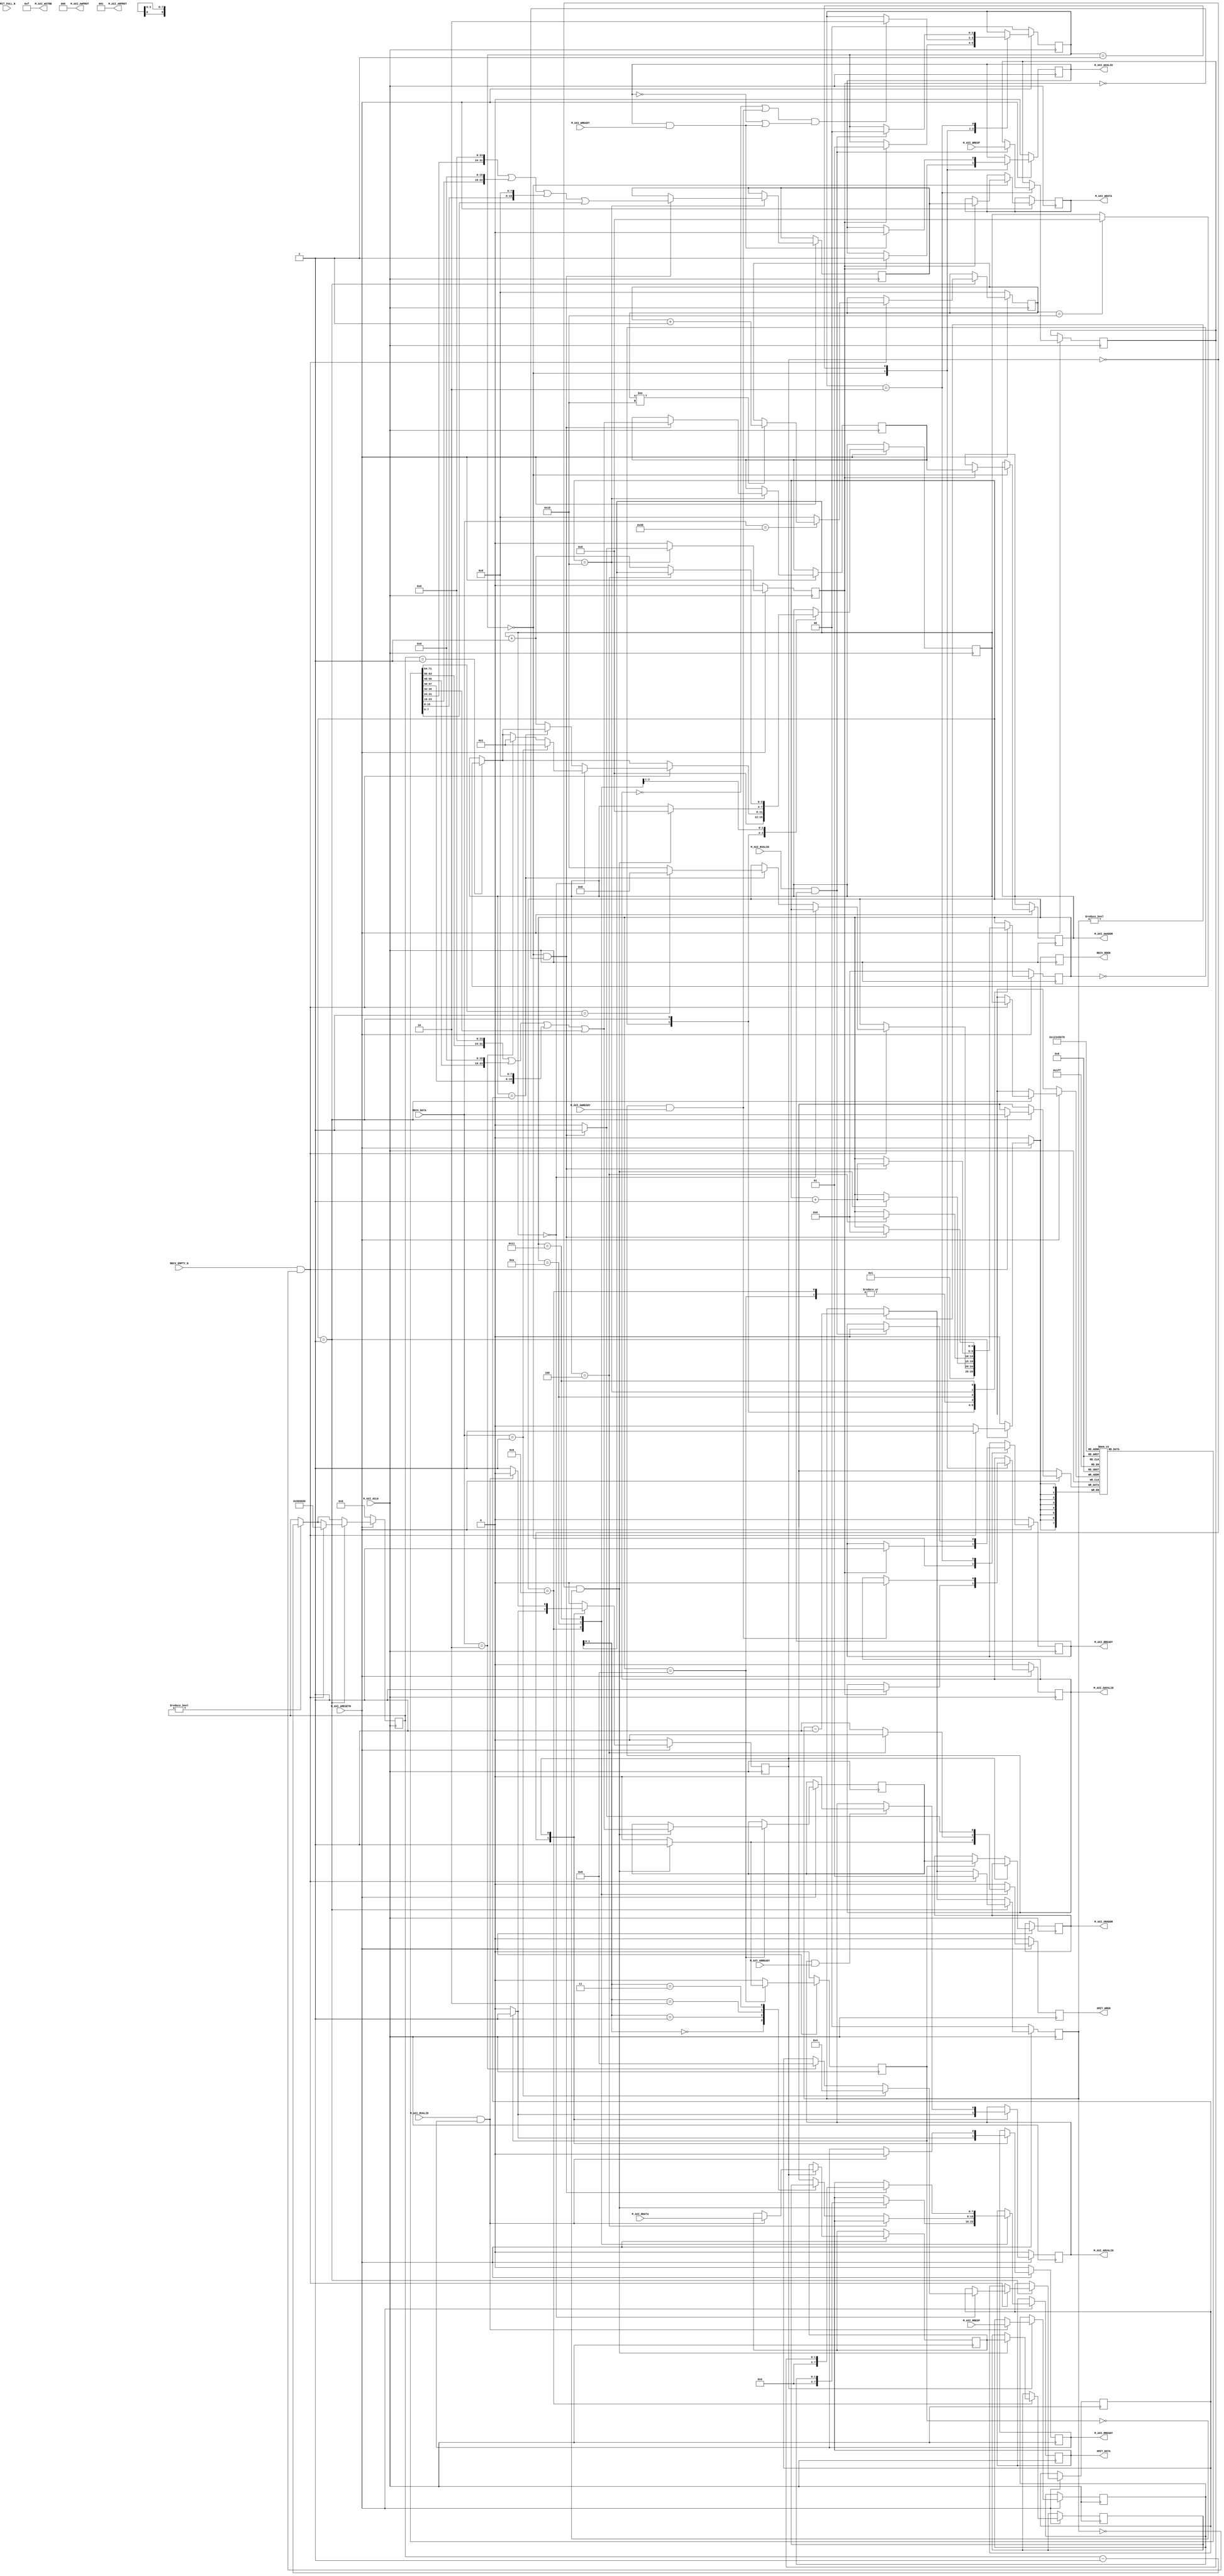
`timescale 1ns / 1ps
//====================================================================================
//                        ------->  Revision History  <------
//====================================================================================
//
//   Date     Who   Ver  Changes
//====================================================================================
// 05-Jun-22  DWW  1000  Initial creation
//====================================================================================


module uart_axi_iface#
(
    parameter integer AXI_DATA_WIDTH = 32,
    parameter integer AXI_ADDR_WIDTH = 32,
    parameter integer CLOCK_FREQ     = 100000000
)
(
    // Write to this FIFO to send data out the UART
    (* X_INTERFACE_MODE = "master" *)
    (* X_INTERFACE_INFO = "xilinx.com:interface:acc_fifo_write:1.0 UART_TX_FIFO WR_DATA" *) output[7:0] XMIT_DATA,
    (* X_INTERFACE_INFO = "xilinx.com:interface:acc_fifo_write:1.0 UART_TX_FIFO FULL_N"  *) input       XMIT_FULL_N,
    (* X_INTERFACE_INFO = "xilinx.com:interface:acc_fifo_write:1.0 UART_TX_FIFO WR_EN"   *) output      XMIT_WREN,

    // Read from this FIFO to receive data from the UART
    (* X_INTERFACE_MODE = "master" *)
    (* X_INTERFACE_INFO = "xilinx.com:interface:acc_fifo_read:1.0 UART_RX_FIFO RD_DATA" *) input[7:0] RECV_DATA,
    (* X_INTERFACE_INFO = "xilinx.com:interface:acc_fifo_read:1.0 UART_RX_FIFO EMPTY_N" *) input      RECV_EMPTY_N,
    (* X_INTERFACE_INFO = "xilinx.com:interface:acc_fifo_read:1.0 UART_RX_FIFO RD_EN"   *) output     RECV_RDEN,


    //================ From here down is the AXI4-Lite interface ===============
    input wire  M_AXI_ACLK,
    input wire  M_AXI_ARESETN,
        
    // "Specify write address"              -- Master --    -- Slave --
    output wire [AXI_ADDR_WIDTH-1 : 0]      M_AXI_AWADDR,   
    output wire                             M_AXI_AWVALID,  
    input  wire                                             M_AXI_AWREADY,
    output wire  [2 : 0]                    M_AXI_AWPROT,

    // "Write Data"                         -- Master --    -- Slave --
    output wire [AXI_DATA_WIDTH-1 : 0]      M_AXI_WDATA,      
    output wire                             M_AXI_WVALID,
    output wire [(AXI_DATA_WIDTH/8)-1:0]    M_AXI_WSTRB,
    input  wire                                             M_AXI_WREADY,

    // "Send Write Response"                -- Master --    -- Slave --
    input  wire [1 : 0]                                     M_AXI_BRESP,
    input  wire                                             M_AXI_BVALID,
    output wire                             M_AXI_BREADY,

    // "Specify read address"               -- Master --    -- Slave --
    output wire [AXI_ADDR_WIDTH-1 : 0]      M_AXI_ARADDR,     
    output wire                             M_AXI_ARVALID,
    output wire [2 : 0]                     M_AXI_ARPROT,     
    input  wire                                             M_AXI_ARREADY,

    // "Read data back to master"           -- Master --    -- Slave --
    input  wire [AXI_DATA_WIDTH-1 : 0]                      M_AXI_RDATA,
    input  wire                                             M_AXI_RVALID,
    input  wire [1 : 0]                                     M_AXI_RRESP,
    output wire                             M_AXI_RREADY
    //==========================================================================

);

    localparam AXI_DATA_BYTES = (AXI_DATA_WIDTH/8);

    // Define the handshakes for all 5 AXI channels
    wire B_HANDSHAKE  = M_AXI_BVALID  & M_AXI_BREADY;
    wire R_HANDSHAKE  = M_AXI_RVALID  & M_AXI_RREADY;
    wire W_HANDSHAKE  = M_AXI_WVALID  & M_AXI_WREADY;
    wire AR_HANDSHAKE = M_AXI_ARVALID & M_AXI_ARREADY;
    wire AW_HANDSHAKE = M_AXI_AWVALID & M_AXI_AWREADY;

    //=========================================================================================================
    // FSM logic used for writing to the slave device.
    //
    //  To start:   amci_waddr = Address to write to
    //              amci_wdata = Data to write at that address
    //              amci_write = Pulsed high for one cycle
    //
    //  At end:     Write is complete when "amci_widle" goes high
    //              amci_wresp = AXI_BRESP "write response" signal from slave
    //=========================================================================================================
    reg[1:0]                    write_state = 0;

    // FSM user interface inputs
    reg[AXI_ADDR_WIDTH-1:0]     amci_waddr;
    reg[AXI_DATA_WIDTH-1:0]     amci_wdata;
    reg                         amci_write;

    // FSM user interface outputs
    wire                        amci_widle = (write_state == 0 && amci_write == 0);     
    reg[1:0]                    amci_wresp;

    // AXI registers and outputs
    reg[AXI_ADDR_WIDTH-1:0]     m_axi_awaddr;
    reg[AXI_DATA_WIDTH-1:0]     m_axi_wdata;
    reg                         m_axi_awvalid = 0;
    reg                         m_axi_wvalid = 0;
    reg                         m_axi_bready = 0;

    // Wire up the AXI interface outputs
    assign M_AXI_AWADDR  = m_axi_awaddr;
    assign M_AXI_WDATA   = m_axi_wdata;
    assign M_AXI_AWVALID = m_axi_awvalid;
    assign M_AXI_WVALID  = m_axi_wvalid;
    assign M_AXI_AWPROT  = 3'b000;
    assign M_AXI_WSTRB   = (1 << AXI_DATA_BYTES) - 1; // usually 4'b1111
    assign M_AXI_BREADY  = m_axi_bready;
    //=========================================================================================================
     
    always @(posedge M_AXI_ACLK) begin

        // If we're in RESET mode...
        if (M_AXI_ARESETN == 0) begin
            write_state   <= 0;
            m_axi_awvalid <= 0;
            m_axi_wvalid  <= 0;
            m_axi_bready  <= 0;
        end        
        
        // Otherwise, we're not in RESET and our state machine is running
        else case (write_state)
            
            // Here we're idle, waiting for someone to raise the 'amci_write' flag.  Once that happens,
            // we'll place the user specified address and data onto the AXI bus, along with the flags that
            // indicate that the address and data values are valid
            0:  if (amci_write) begin
                    m_axi_awaddr    <= amci_waddr;  // Place our address onto the bus
                    m_axi_wdata     <= amci_wdata;  // Place our data onto the bus
                    m_axi_awvalid   <= 1;           // Indicate that the address is valid
                    m_axi_wvalid    <= 1;           // Indicate that the data is valid
                    m_axi_bready    <= 1;           // Indicate that we're ready for the slave to respond
                    write_state     <= 1;           // On the next clock cycle, we'll be in the next state
                end
                
           // Here, we're waiting around for the slave to acknowledge our request by asserting M_AXI_AWREADY
           // and M_AXI_WREADY.  Once that happens, we'll de-assert the "valid" lines.  Keep in mind that we
           // don't know what order AWREADY and WREADY will come in, and they could both come at the same
           // time.      
           1:   begin   
                    // Keep track of whether we have seen the slave raise AWREADY or WREADY
                    if (AW_HANDSHAKE) m_axi_awvalid <= 0;
                    if (W_HANDSHAKE ) m_axi_wvalid  <= 0;

                    // If we've seen AWREADY (or if its raised now) and if we've seen WREADY (or if it's raised now)...
                    if ((~m_axi_awvalid || AW_HANDSHAKE) && (~m_axi_wvalid || W_HANDSHAKE)) begin
                        write_state <= 2;
                    end
                end
                
           // Wait around for the slave to assert "M_AXI_BVALID".  When it does, we'll capture M_AXI_BRESP
           // and go back to idle state
           2:   if (B_HANDSHAKE) begin
                    amci_wresp   <= M_AXI_BRESP;
                    m_axi_bready <= 0;
                    write_state  <= 0;
                end

        endcase
    end
    //=========================================================================================================





    //=========================================================================================================
    // FSM logic used for reading from a slave device.
    //
    //  To start:   amci_raddr = Address to read from
    //              amci_read  = Pulsed high for one cycle
    //
    //  At end:   Read is complete when "amci_ridle" goes high.
    //            amci_rdata = The data that was read
    //            amci_rresp = The AXI "read response" that is used to indicate success or failure
    //=========================================================================================================
    reg                         read_state = 0;

    // FSM user interface inputs
    reg[AXI_ADDR_WIDTH-1:0]     amci_raddr;
    reg                         amci_read;

    // FSM user interface outputs
    reg[AXI_DATA_WIDTH-1:0]     amci_rdata;
    reg[1:0]                    amci_rresp;
    wire                        amci_ridle = (read_state == 0 && amci_read == 0);     

    // AXI registers and outputs
    reg[AXI_ADDR_WIDTH-1:0]     m_axi_araddr;
    reg                         m_axi_arvalid = 0;
    reg                         m_axi_rready;

    // Wire up the AXI interface outputs
    assign M_AXI_ARADDR  = m_axi_araddr;
    assign M_AXI_ARVALID = m_axi_arvalid;
    assign M_AXI_ARPROT  = 3'b001;
    assign M_AXI_RREADY  = m_axi_rready;
    //=========================================================================================================
    always @(posedge M_AXI_ACLK) begin
         
        if (M_AXI_ARESETN == 0) begin
            read_state    <= 0;
            m_axi_arvalid <= 0;
            m_axi_rready  <= 0;
        end else case (read_state)

            // Here we are waiting around for someone to raise "amci_read", which signals us to begin
            // a AXI read at the address specified in "amci_raddr"
            0:  if (amci_read) begin
                    m_axi_araddr  <= amci_raddr;
                    m_axi_arvalid <= 1;
                    m_axi_rready  <= 1;
                    read_state    <= 1;
                end else begin
                    m_axi_arvalid <= 0;
                    m_axi_rready  <= 0;
                    read_state    <= 0;
                end
            
            // Wait around for the slave to raise M_AXI_RVALID, which tells us that M_AXI_RDATA
            // contains the data we requested
            1:  begin
                    if (AR_HANDSHAKE) begin
                        m_axi_arvalid <= 0;
                    end

                    if (R_HANDSHAKE) begin
                        amci_rdata    <= M_AXI_RDATA;
                        amci_rresp    <= M_AXI_RRESP;
                        m_axi_rready  <= 0;
                        read_state    <= 0;
                    end
                end

        endcase
    end
    //=========================================================================================================


    //<><><><><><><><><><><><><><><><><><><><><><><><><><><><><><><><><><><><><><><><><><><><><><><><><><><><><><>
    //<><><><><><><><><><><><><><><><><><><><><><><><><><><><><><><><><><><><><><><><><><><><><><><><><><><><><><>
    // From here down is the logic that manages messages on the UART and instantiates AXI read/write transactions
    //<><><><><><><><><><><><><><><><><><><><><><><><><><><><><><><><><><><><><><><><><><><><><><><><><><><><><><>
    //<><><><><><><><><><><><><><><><><><><><><><><><><><><><><><><><><><><><><><><><><><><><><><><><><><><><><><>
    localparam INP_BUFF_SIZE     = 9;
    localparam CMD_READ          = 1;
    localparam CMD_WRITE         = 2;
    localparam RESET_STRETCH_MAX = 16;
    localparam HUNDRED_MSEC      = CLOCK_FREQ / 10;
    localparam FIFO_READ_DELAY   = 1;

    localparam S_NEW_COMMAND     = 0;
    localparam S_WAIT_NEXT_CHAR  = 1;
    localparam S_WAIT_FOR_STATUS = 2;
    localparam S_FETCH_BYTE      = 3;
    localparam S_AXI_READ        = 8;
    localparam S_AXI_WRITE       = 16;

    reg[ 4:0] inp_state;                     // Tracks the state of this FSM
    reg[ 3:0] inp_count;                     // The number of bytes stored in inp_buff;
    reg[ 3:0] inp_last_idx;                  // Number of bytes that make up the current command
    reg[ 7:0] inp_buff[0:INP_BUFF_SIZE-1];   // Buffer of bytes rcvd from the UART
    reg[ 7:0] reset_stretch;                 // # of consecutive "X" characters received
    reg[31:0] reset_clk_counter;             // Counts down clock cycles since last byte rcvd from UART
    
    // After we pulse RECV_RDEN, this is the number of clocks to wait before we trust RECV_EMPTY_N again
    reg[ 1:0] inp_read_delay;

    // This holds the data we read during an AXI-Read transaction.   The assign statements
    // are a convenient way to make the bit-packed register byte-addressable
    reg[31:0] read_data;        
    wire[7:0] read_data_char[0:3];
    assign read_data_char[0] = read_data[31:24];
    assign read_data_char[1] = read_data[23:16];
    assign read_data_char[2] = read_data[15: 8];
    assign read_data_char[3] = read_data[ 7: 0];

    // These registers control the UART FIFOs
    reg      recv_rden; assign RECV_RDEN = recv_rden;
    reg      xmit_wren; assign XMIT_WREN = xmit_wren;
    reg[7:0] xmit_data; assign XMIT_DATA = xmit_data;

    // This FSM reads data from the UART FIFO, performs the requested AXI transaction, and send a response
    always @(posedge M_AXI_ACLK) begin
        amci_write <= 0;
        amci_read  <= 0;
        xmit_wren  <= 0;
        recv_rden  <= 0;
        
        // Countdown since the last time a character was received
        if (reset_clk_counter) reset_clk_counter <= reset_clk_counter - 1;

        // Countdown the # of clocks to wait until we trust RECV_EMPTY_N 
        if (inp_read_delay) inp_read_delay <= inp_read_delay - 1;

        // If the RESET line is active...
        if (M_AXI_ARESETN == 0) begin
            inp_state         <= S_NEW_COMMAND;
            inp_read_delay    <= 0;
            reset_stretch     <= 0;
            reset_clk_counter <= 0;
        end else case(inp_state)

        // Initialize variables in expectation of a new command arriving
        S_NEW_COMMAND:
            begin
                inp_count <= 0;
                inp_state <= S_WAIT_NEXT_CHAR;
            end 

        S_WAIT_NEXT_CHAR:
            begin
                // If 100 milliseconds elapses since receiving the last character and the reset_stretch
                // is at max, empty our buffer to prepare for a new incoming command.  This mechanism
                // exists to provide a method to place the input buffer in a known state.
                if (reset_clk_counter == 1) begin
                    if (reset_stretch == RESET_STRETCH_MAX) begin
                        inp_count <= 0;
                    end
                end
        
                if (RECV_EMPTY_N && inp_read_delay == 0) begin  // If a byte has arrived from the UART...
                    recv_rden           <= 1;                   //   Acknowledge that we've read the FIFO
                    inp_read_delay      <= FIFO_READ_DELAY;     //   It will be a moment before we can trust RECV_EMPTY_N
                    reset_clk_counter   <= HUNDRED_MSEC;        //   Reset the "clocks since char received" 
                    inp_buff[inp_count] <= RECV_DATA;           //   Save the byte we just received

                    // Keep track of how many times in a row we receive "X"
                    if (RECV_DATA == "X") begin
                        if (reset_stretch != RESET_STRETCH_MAX)
                            reset_stretch <= reset_stretch + 1;
                    end else reset_stretch <= 0;

                    // If this is the first byte of a new command...
                    if (inp_count == 0) begin              
                        if (RECV_DATA == CMD_READ) begin
                            inp_last_idx <= 4;
                            inp_count    <= 1;
                        end else if (RECV_DATA == CMD_WRITE) begin
                            inp_last_idx <= 8;
                            inp_count    <= 1;
                        end
                    end
                
                    // Otherwise, if it's the last byte of a command..
                    else if (inp_count == inp_last_idx) begin
                        inp_state <= (inp_buff[0] == CMD_READ) ? S_AXI_READ : S_AXI_WRITE;
                    end

                    // Otherwise, just keep track of how many bytes we've received from the UART
                    else inp_count <= inp_count + 1;
                end
            end


        // Start the AXI read transaction specified by the user
        S_AXI_READ:
            if (amci_ridle) begin
                amci_raddr <= (inp_buff[1] << 24) | (inp_buff[2] << 16) | (inp_buff[3] << 8) | inp_buff[4];
                amci_read  <= 1;
                inp_state  <= inp_state + 1;
            end

        // Send the AXI read-response byte
        S_AXI_READ+1:
            if (amci_ridle) begin
                read_data  <= amci_rdata;
                xmit_data  <= amci_rresp;
                xmit_wren  <= 1;
                inp_state  <= inp_state + 1;
                inp_count  <= 0;
            end

        // Send the 4-bytes of read-data, one byte at a time
        S_AXI_READ+2:
            if (inp_count == 4)
                inp_state <= S_NEW_COMMAND;
            else begin
                xmit_data <= read_data_char[inp_count];
                xmit_wren <= 1;
                inp_count <= inp_count + 1;
            end 

        // Start the AXI write transaction specified by the user
        S_AXI_WRITE:
            if (amci_widle) begin
                amci_waddr <= (inp_buff[1] << 24) | (inp_buff[2] << 16) | (inp_buff[3] << 8) | inp_buff[4];
                amci_wdata <= (inp_buff[5] << 24) | (inp_buff[6] << 16) | (inp_buff[7] << 8) | inp_buff[8];
                amci_write <= 1;
                inp_state  <= inp_state + 1;
            end

        // Wait for that transaction to complete.  When it does, send the write-response to the user
        S_AXI_WRITE+1:
            if (amci_widle) begin
                xmit_data <= amci_wresp;
                xmit_wren <= 1;
                inp_state <= S_NEW_COMMAND;
            end

        endcase
    
    end


endmodule